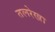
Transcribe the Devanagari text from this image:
तलरेखा